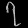
Digit: ၇